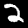
Digit: 2